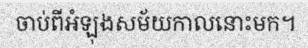
ចាប់ពីអំឡុងសម័យកាលនោះមក។